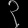
Digit: ၃